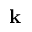
\textbf { k }